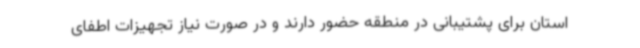
استان برای پشتیبانی در منطقه حضور دارند و در صورت نیاز تجهیزات اطفای